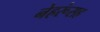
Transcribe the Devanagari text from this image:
नेहरूंसह